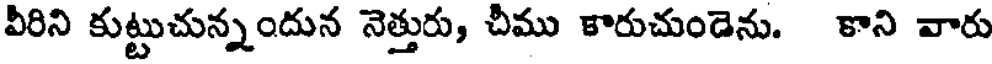
వీరిని కుట్టుచున్నందున నెత్తురు, చీము కారుచుండెను. కాని వారు